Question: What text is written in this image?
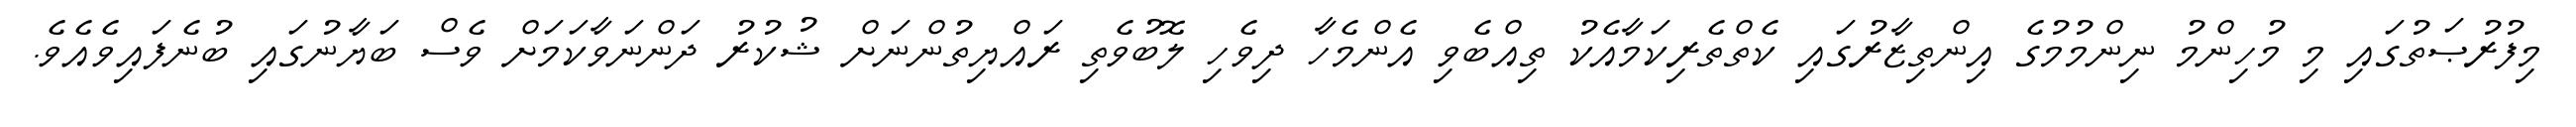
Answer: މިފުރުޞަތުގައި މި މުހިންމު ނިންމުމުގެ އިންތިޒާރުގައި ކެތްތެރިކަމާއެކު ތިއްބެވި އެންމެހާ ދިވެހި ލޮބުވެތި ރައްޔިތުންނަށް ޝުކުރު ދަންނަވާކަމަށް ވެސް ބަޔާނުގައި ބުނެފައިވެއެވެ.